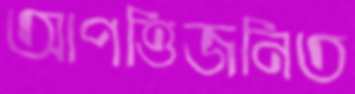
আপত্তিজনিত